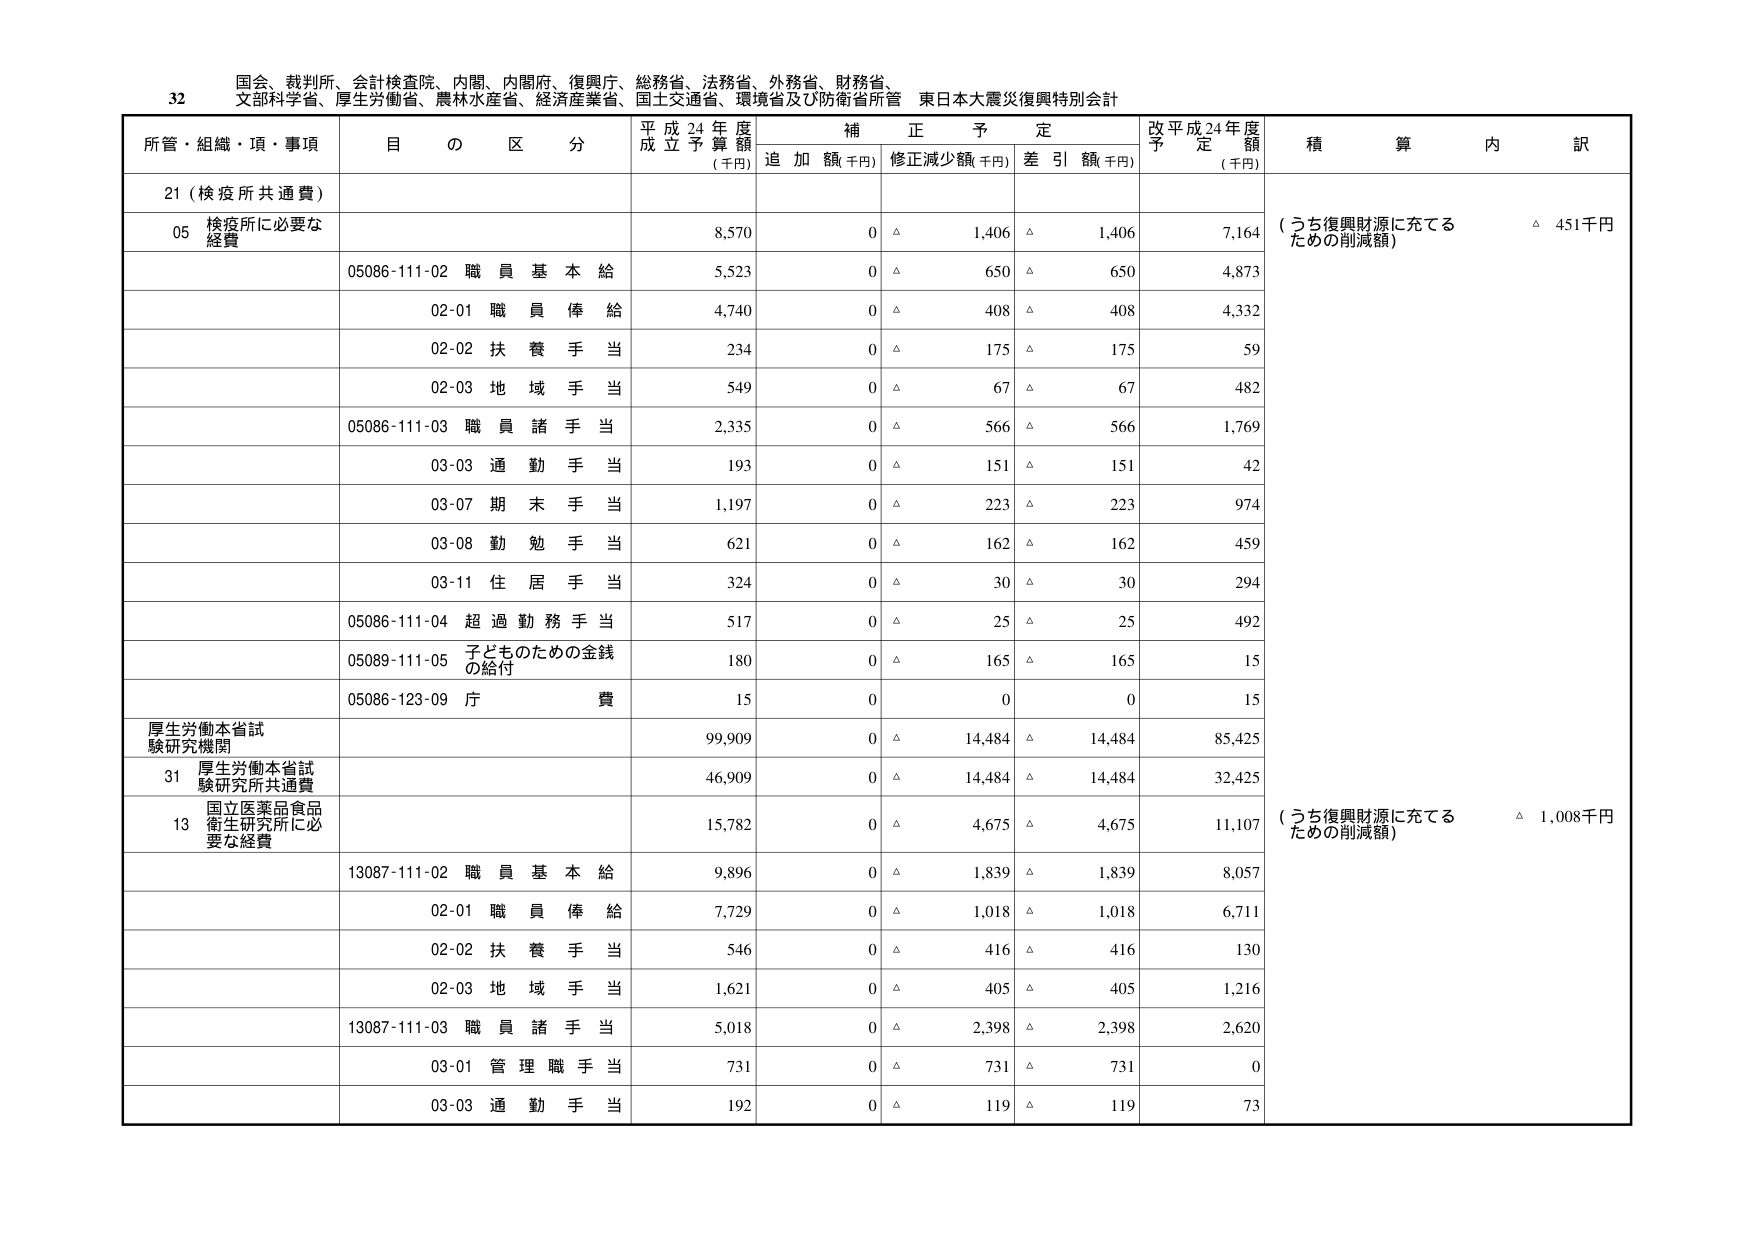
32 国会、裁判所、会計検査院、内閣、内閣府、復興庁、総務省、法務省、外務省、財務省、 文部科学省、厚生労働省、農林水産省、経済産業省、国土交通省、環境省及び防衛省所管 東日本大震災復興特別会計

所管・組織・項・事項 目 の 区 分 平成24年度 成立予算額 (千円) 補正予定 追加額(千円) 修正減少額(千円) 差引額(千円) 改平成24年度 予定額 (千円) 積算内訳

21 (検疫所共通費)

05 検疫所に必要な 経費 8,570 0 △ 1,406 △ 1,406 7,164 (うち復興財源に充てる ための削減額) △ 451千円

05086-111-02 職員基本給 5,523 0 △ 650 △ 650 4,873

02-01 職員俸給 4,740 0 △ 408 △ 408 4,332

02-02 扶養手当 234 0 △ 175 △ 175 59

02-03 地域手当 549 0 △ 67 △ 67 482

05086-111-03 職員諸手当 2,335 0 △ 566 △ 566 1,769

03-03 通勤手当 193 0 △ 151 △ 151 42

03-07 期末手当 1,197 0 △ 223 △ 223 974

03-08 勤勉手当 621 0 △ 162 △ 162 459

03-11 住居手当 324 0 △ 30 △ 30 294

05086-111-04 超過勤務手当 517 0 △ 25 △ 25 492

05089-111-05 子どものための金銭 の給付 180 0 △ 165 △ 165 15

05086-123-09 庁費 15 0 0 0 15

厚生労働本省試 験研究機関 99,909 0 △ 14,484 △ 14,484 85,425

31 厚生労働本省試 験研究所共通費 46,909 0 △ 14,484 △ 14,484 32,425

13 国立医薬品食品 衛生研究所に必 要な経費 15,782 0 △ 4,675 △ 4,675 11,107 (うち復興財源に充てる ための削減額) △ 1,008千円

13087-111-02 職員基本給 9,896 0 △ 1,839 △ 1,839 8,057

02-01 職員俸給 7,729 0 △ 1,018 △ 1,018 6,711

02-02 扶養手当 546 0 △ 416 △ 416 130

02-03 地域手当 1,621 0 △ 405 △ 405 1,216

13087-111-03 職員諸手当 5,018 0 △ 2,398 △ 2,398 2,620

03-01 管理職手当 731 0 △ 731 △ 731 0

03-03 通勤手当 192 0 △ 119 △ 119 73